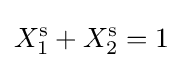
X_{1}^{\text{s}}+X_{2}^{\text{s}}=1